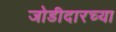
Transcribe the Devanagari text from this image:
जोडीदारच्या